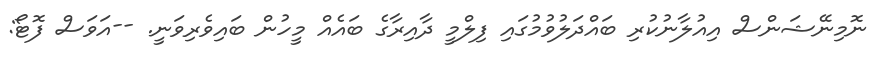
ނޮމިނޭޝަންސް އިއުލާނުކުރި ބައްދަލުވުމުގައި ފިލްމީ ދާއިރާގެ ބައެއް މީހުން ބައިވެރިވަނީ. --އަވަސް ފޮޓޯ: